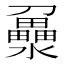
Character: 𤃻